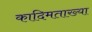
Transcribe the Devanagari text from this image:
कादिमताख्या